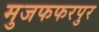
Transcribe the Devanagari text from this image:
मुजफफरपुर